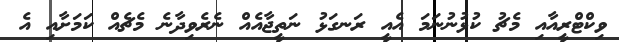
ވިކްޓްރީއާއި މެޗު ކުޅުނުނަމަ އެއީ ރަނގަޅު ނަތީޖާއެއް ނެރެވިދާނެ މެޗެއް ކަމަށާއި އެ